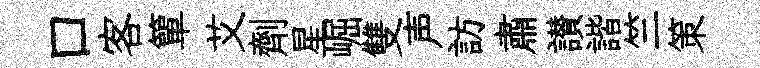
口客簞艾劑星崛雙声訪肅讃諧竺策